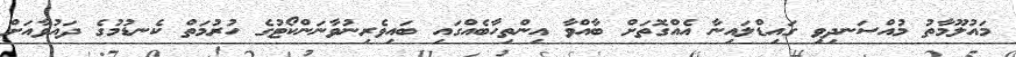
މައުލޫމާތު މުއްސަނދިވި ގައިޑްލައިނާ އެއްގޮތަށް ބާއްވާ އިންތިހާބެއްގައި ބައިވެރިނުވާނަންކޯޓުގެ ހުރުމަތް ކެނޑުމުގެ ދައުވާއަށް